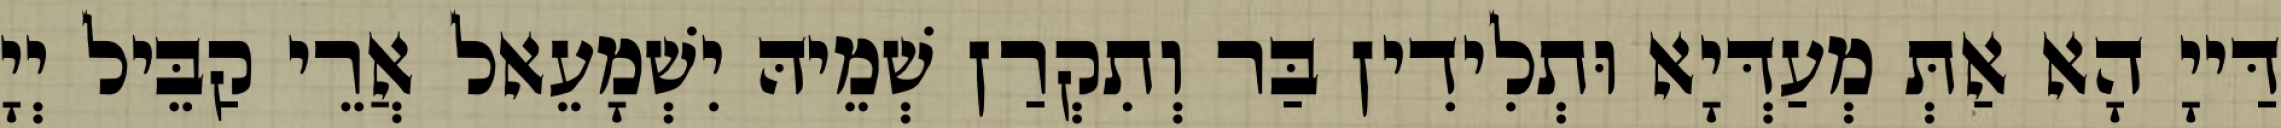
דַּייָ הָא אַתְּ מְעַדְּיָא וּתְלִידִין בַּר וְתִקְרַן שְׁמֵיהּ יִשְׁמָעֵאל אֲרֵי קַבֵּיל יְיָ